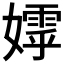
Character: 𭒢